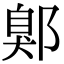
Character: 鄓